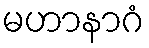
မဟာနာဂံ